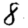
Digit: 8